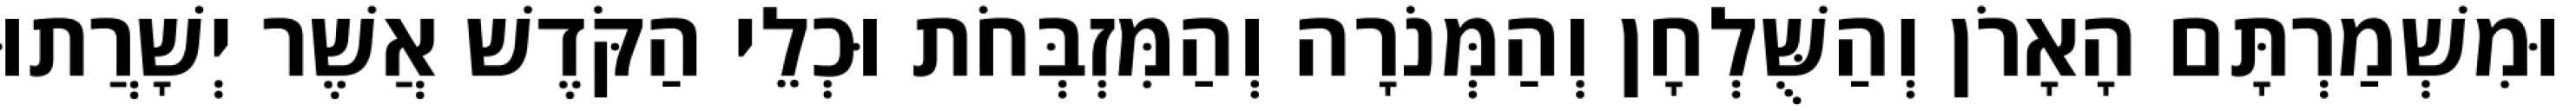
וּמִשְׁמַרְתָּם הָאָרֹן וְהַשֻּׁלְחָן וְהַמְּנֹרָה וְהַמִּזְבְּחֹת וּכְלֵי הַקֹּדֶשׁ אֲשֶׁר יְשָׁרֲתוּ